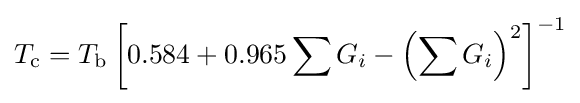
T_{\text{c}}=T_{\text{b}}\left[0.584+0.965\sum G_{i}-\left(\sum G_{i}\right)^{2}\right]^{-1}